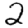
Digit: 2